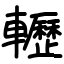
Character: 轣